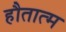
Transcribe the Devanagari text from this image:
हौतात्म